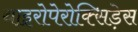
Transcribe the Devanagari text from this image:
थाइरोपेरोक्सिड़ेस